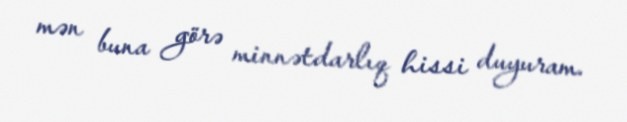
mən buna görə minnətdarlıq hissi duyuram.